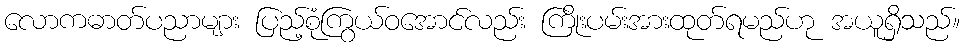
လောကဓာတ်ပညာများ ပြည့်စုံကြွယ်ဝအောင်လည်း ကြိုးပမ်းအားထုတ်ရမည်ဟု အယူရှိသည်။